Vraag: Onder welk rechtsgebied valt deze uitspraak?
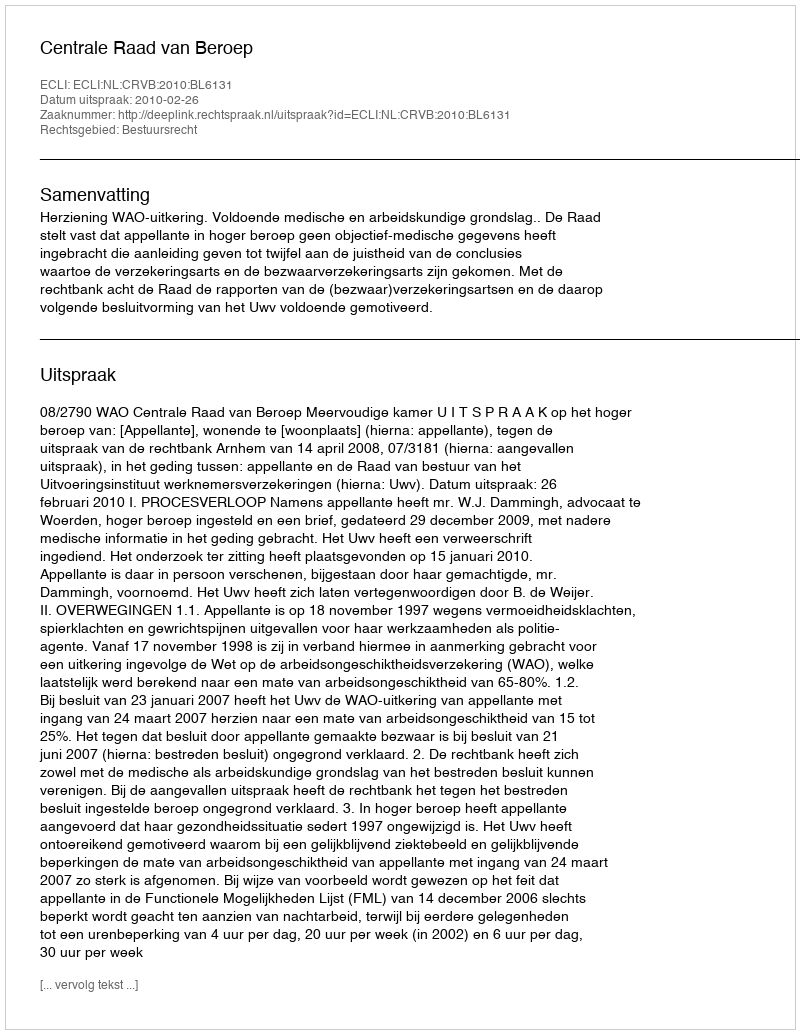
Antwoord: Bestuursrecht